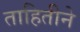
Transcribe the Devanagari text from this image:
ताहितीने